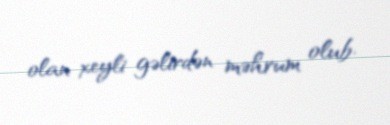
olan xeyli gəlirdən məhrum olub.